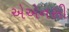
એએનસી